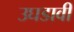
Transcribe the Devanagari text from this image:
उघडावी